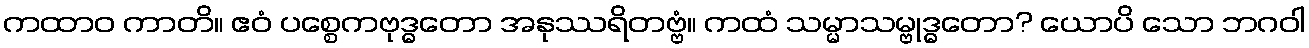
ကထာဝ ကာတိ။ ဧဝံ ပစ္စေကဗုဒ္ဓတော အနုဿရိတဗ္ဗံ။ ကထံ သမ္မာသမ္ဗုဒ္ဓတော? ယောပိ သော ဘဂဝါ